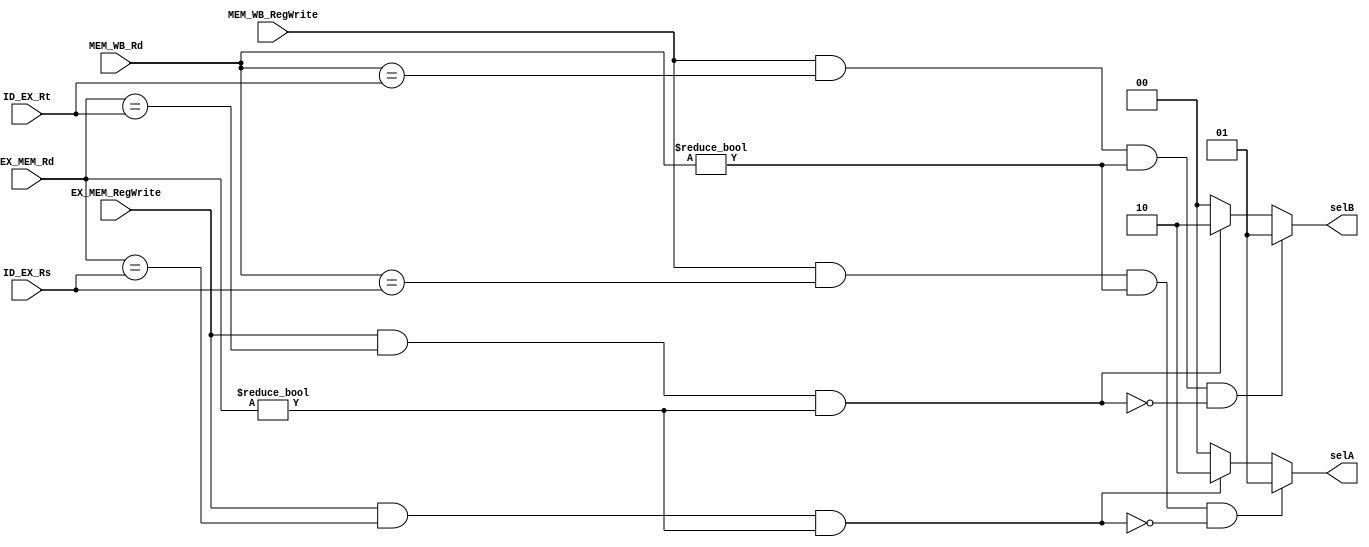
`timescale 1ns/1ns
module ForwardingUnit(EX_MEM_RegWrite,MEM_WB_RegWrite,EX_MEM_Rd,MEM_WB_Rd,ID_EX_Rs,ID_EX_Rt,selA,selB);
	input EX_MEM_RegWrite,MEM_WB_RegWrite;
	input [4:0] EX_MEM_Rd,MEM_WB_Rd,ID_EX_Rs,ID_EX_Rt;
	output reg [1:0] selA,selB;
	always @(EX_MEM_RegWrite,MEM_WB_RegWrite,EX_MEM_Rd,MEM_WB_Rd,ID_EX_Rs,ID_EX_Rt)begin
		{selA,selB}=4'b0;
		if((EX_MEM_RegWrite==1'b1)&(EX_MEM_Rd==ID_EX_Rs)&(EX_MEM_Rd!=5'b0))
			selA=2'b10;
		if((EX_MEM_RegWrite==1'b1)&(EX_MEM_Rd==ID_EX_Rt)&(EX_MEM_Rd!=5'b0))
			selB=2'b10;
		if((MEM_WB_RegWrite==1'b1)&(MEM_WB_Rd==ID_EX_Rs)&(MEM_WB_Rd!=5'b0)& !((EX_MEM_RegWrite==1'b1)&(EX_MEM_Rd==ID_EX_Rs)&(EX_MEM_Rd!=5'b0)))
			selA=2'b01;
		if((MEM_WB_RegWrite==1'b1)&(MEM_WB_Rd==ID_EX_Rt)&(MEM_WB_Rd!=5'b0)& !((EX_MEM_RegWrite==1'b1)&(EX_MEM_Rd==ID_EX_Rt)&(EX_MEM_Rd!=5'b0)))
			selB=2'b01;
	end
endmodule